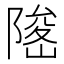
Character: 𨻅